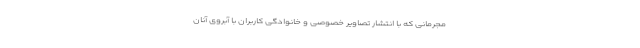
مجرمانی که با انتشار تصاویر خصوصی و خانوادگی کاربران با آبروی آنان